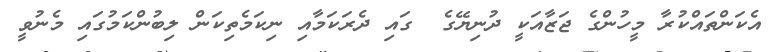
އެކަންތައްކުރާ މީހުންގެ ޖަޒާއަކީ ދުނިޔޭގެ  ގައި ދެރަކަމާއި ނިކަމެތިކަން ލިބުންކަމުގައި މެނުވީ